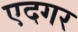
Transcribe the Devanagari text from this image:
एदगर